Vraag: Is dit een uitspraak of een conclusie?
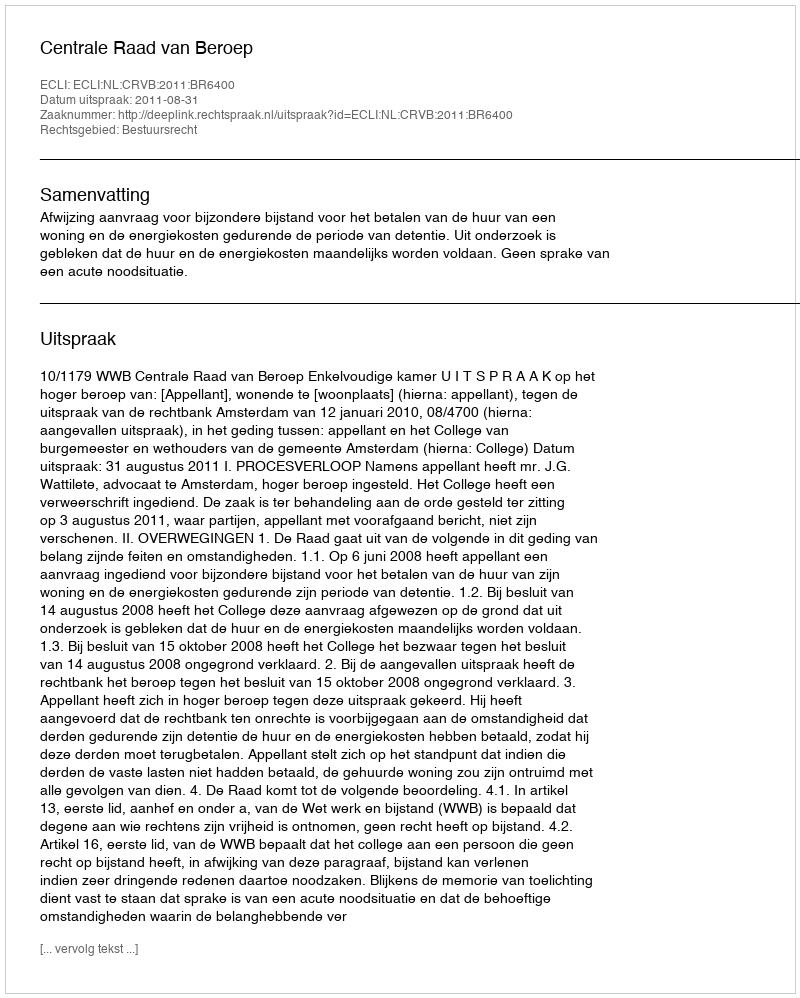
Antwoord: Uitspraak